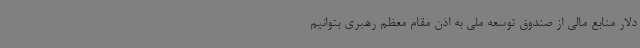
دلار منابع مالی از صندوق توسعه ملی به اذن مقام معظم رهبری بتوانیم